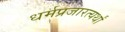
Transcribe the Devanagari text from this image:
धर्मप्रजारत्यर्थां